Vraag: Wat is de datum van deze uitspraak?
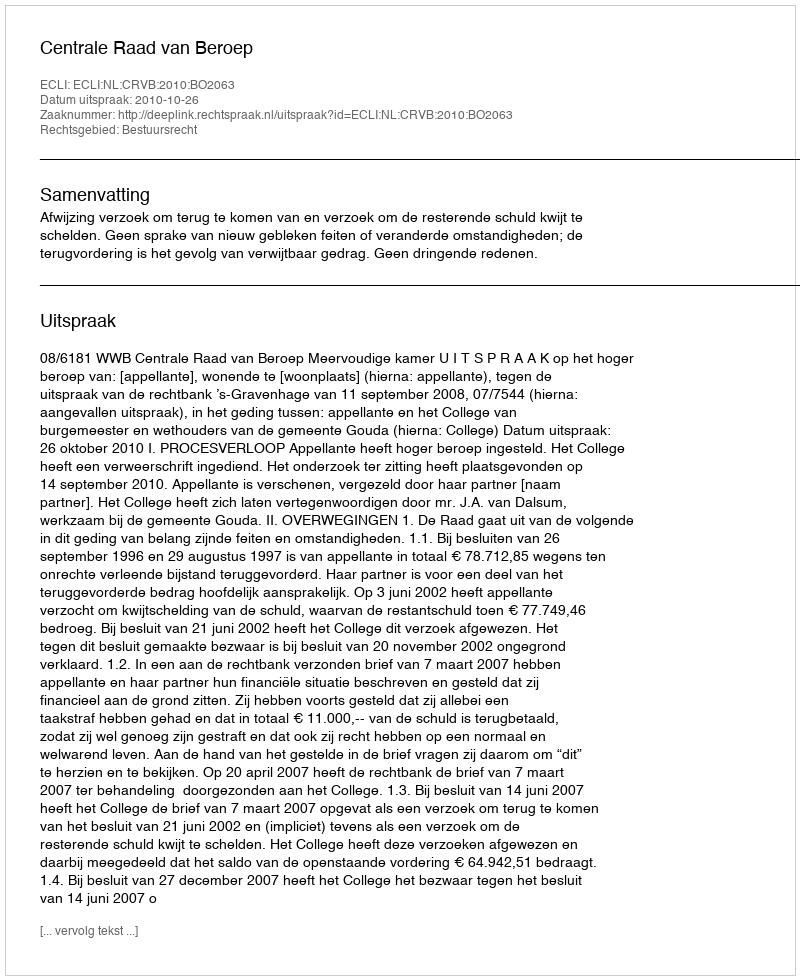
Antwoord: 2010-10-26